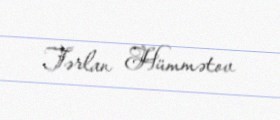
Tərlan Hümmətov